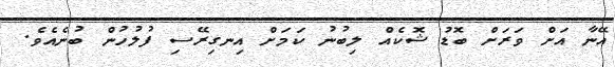
އޭނާ އަށް ވަރަށް ބޮޑު ޝޮކެއް ލިބުނު ކަމަށް އިނގިރޭސި ފުލުހުން ބުނެއެވެ.